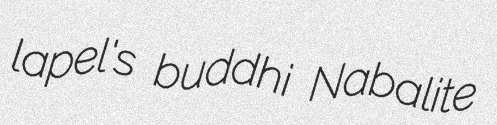
lapel's buddhi Nabalite